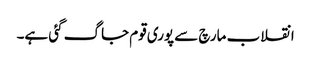
انقلاب مارچ سے پوری قوم جاگ گئی ہے۔